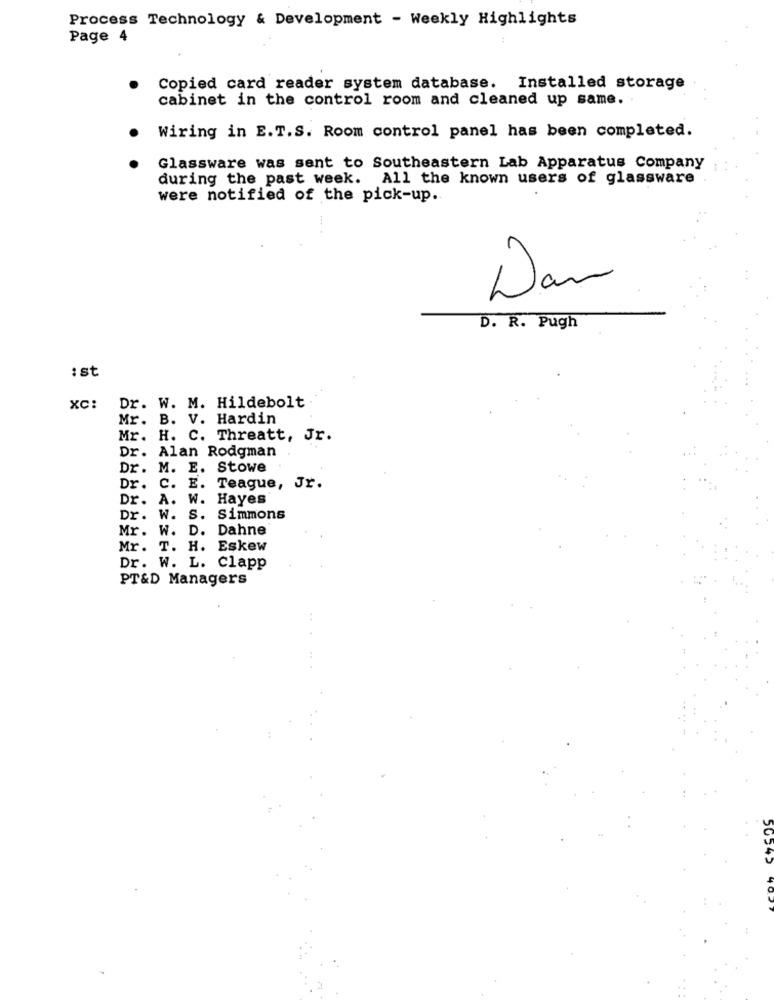
Process Technology & Development - Weekly Highlights
Page 4
Copied card reader system database. Installed storage
cabinet in the control room and cleaned up same.
Wiring in E.T.S. Room control panel has been completed.
Glassware was sent to Southeastern Lab Apparatus Company
during the past week. All the known users of glassware
were notified of the pick-up.
...
Dav
D. R. Pugh
: st
XC:
Dr. W. M. Hildebolt
Mr. B. V. Hardin
Mr. H. C. Threatt, Jr.
Dr. Alan Rodgman
Dr. M. E. Stowe
Dr. C. E. Teague, Jr.
Dr. A. W. Hayes
Dr. W. S. Simmons
Mr. W. D. Dahne
Mr. T. H. Eskew
Dr. W. L. Clapp
PT&D Managers
50342